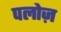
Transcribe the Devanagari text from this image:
पलोज़